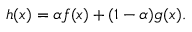
h ( \boldsymbol { x } ) = \alpha f ( \boldsymbol { x } ) + ( 1 - \alpha ) g ( \boldsymbol { x } ) .